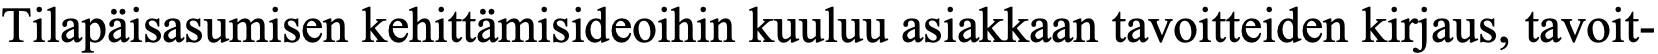
Tilapäisasumisen kehittämisideoihin kuuluu asiakkaan tavoitteiden kirjaus, tavoit-